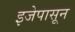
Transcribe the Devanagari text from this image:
इजेपासून